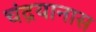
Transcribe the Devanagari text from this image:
चंद्रयानास